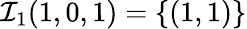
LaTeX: \mathcal{I}_{1}(1,0,1)=\{ (1,1)\}